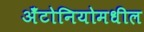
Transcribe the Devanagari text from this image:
अँटोनियोमधील